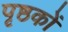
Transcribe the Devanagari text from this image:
पृष्ठकों